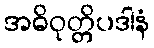
အဓိဝုတ္တိပဒါနံ